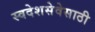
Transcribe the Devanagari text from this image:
स्वदेशसेवेसाठी